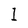
Character: I